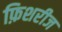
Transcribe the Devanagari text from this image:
फ़िशरीज